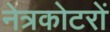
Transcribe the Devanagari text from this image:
नेत्रकोटरों